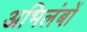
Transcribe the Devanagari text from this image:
अभिलंबों